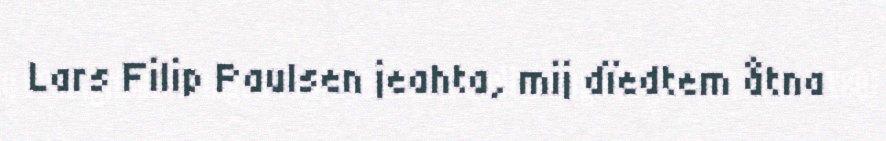
Lars Filip Paulsen jeahta, mij dïedtem åtna